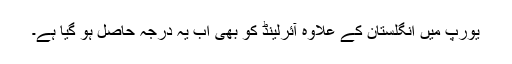
یورپ میں انگلستان کے علاوہ آئرلینڈ کو بھی اب یہ درجہ حاصل ہو گیا ہے۔